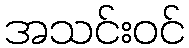
အသင်းဝင်